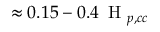
\approx 0 . 1 5 - 0 . 4 \, \mathrm { ~ H ~ } _ { p , c c }